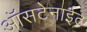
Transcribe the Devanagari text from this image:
ऑसटेनाईट